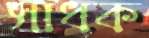
সাধক